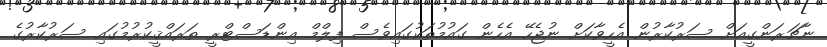
ނާޗަރަންގީއަށް ސަރުކާރުން އެހީވާކަށް ނުޖެހޭ އެހެން ގައުމުތަކުގައިވެސް ފިލްމް އިންޑަސްޓްރީ ތަރައްޤީކުރުމުގައި ސަރުކާރުގެ